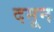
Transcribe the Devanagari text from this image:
दमून